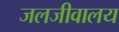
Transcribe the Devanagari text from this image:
जलजीवालय